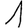
Digit: 1